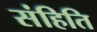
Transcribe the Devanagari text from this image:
संहिति